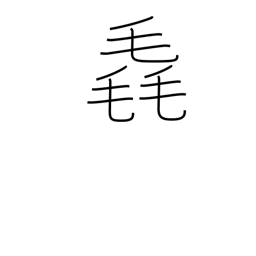
Meaning: fluff